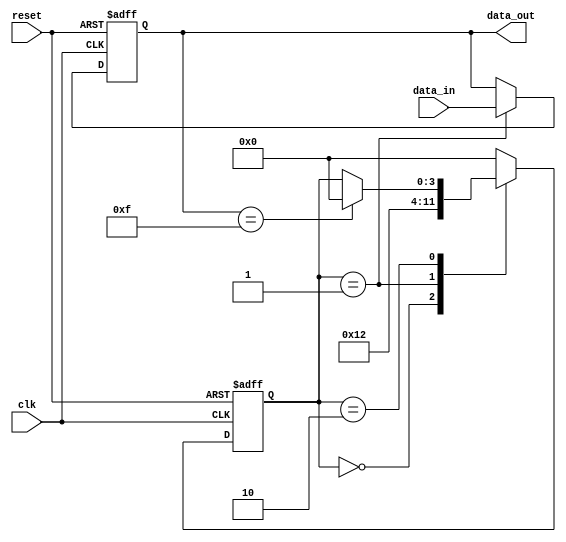
module sequential_logic_example (
    input wire clk,          // Clock signal
    input wire reset,        // Asynchronous reset signal
    input wire [3:0] data_in, // 4-bit input data signal
    output reg [3:0] data_out // 4-bit output data signal
);

// Internal state register
reg [3:0] current_state;

// State encoding (for illustration)
parameter STATE_INIT = 4'b0000;
parameter STATE_PROCESS = 4'b0001;
parameter STATE_OUTPUT = 4'b0010;

// Sequential logic block
always @(posedge clk or posedge reset) begin
    if (reset) begin
        // Reset condition
        current_state <= STATE_INIT;
        data_out <= 4'b0000; // Initialize output
    end else begin
        // State transition logic
        case (current_state)
            STATE_INIT: begin
                // Transition to PROCESS state
                current_state <= STATE_PROCESS;
            end
            STATE_PROCESS: begin
                // Process input data and transition to OUTPUT state
                data_out <= data_in; // Update output with input
                current_state <= STATE_OUTPUT;
            end
            STATE_OUTPUT: begin
                // Maintain output or transition back to INIT state
                // Example condition to return to INIT (this can be changed)
                if (data_out == 4'b1111) begin
                    current_state <= STATE_INIT;
                end
            end
            default: begin
                // Default case (optional)
                current_state <= STATE_INIT;
            end
        endcase
    end
end

endmodule